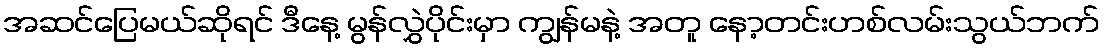
အဆင်ပြေမယ်ဆိုရင် ဒီနေ့ မွန်လွှဲပိုင်းမှာ ကျွန်မနဲ့ အတူ နော့တင်းဟစ်လမ်းသွယ်ဘက်